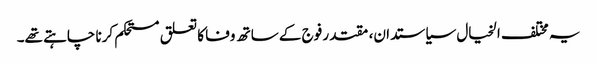
یہ مختلف الخیال سیاستدان، مقتدر فوج کے ساتھ وفا کا تعلق مستحکم کرنا چاہتے تھے۔